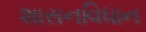
શાસનવિધાન